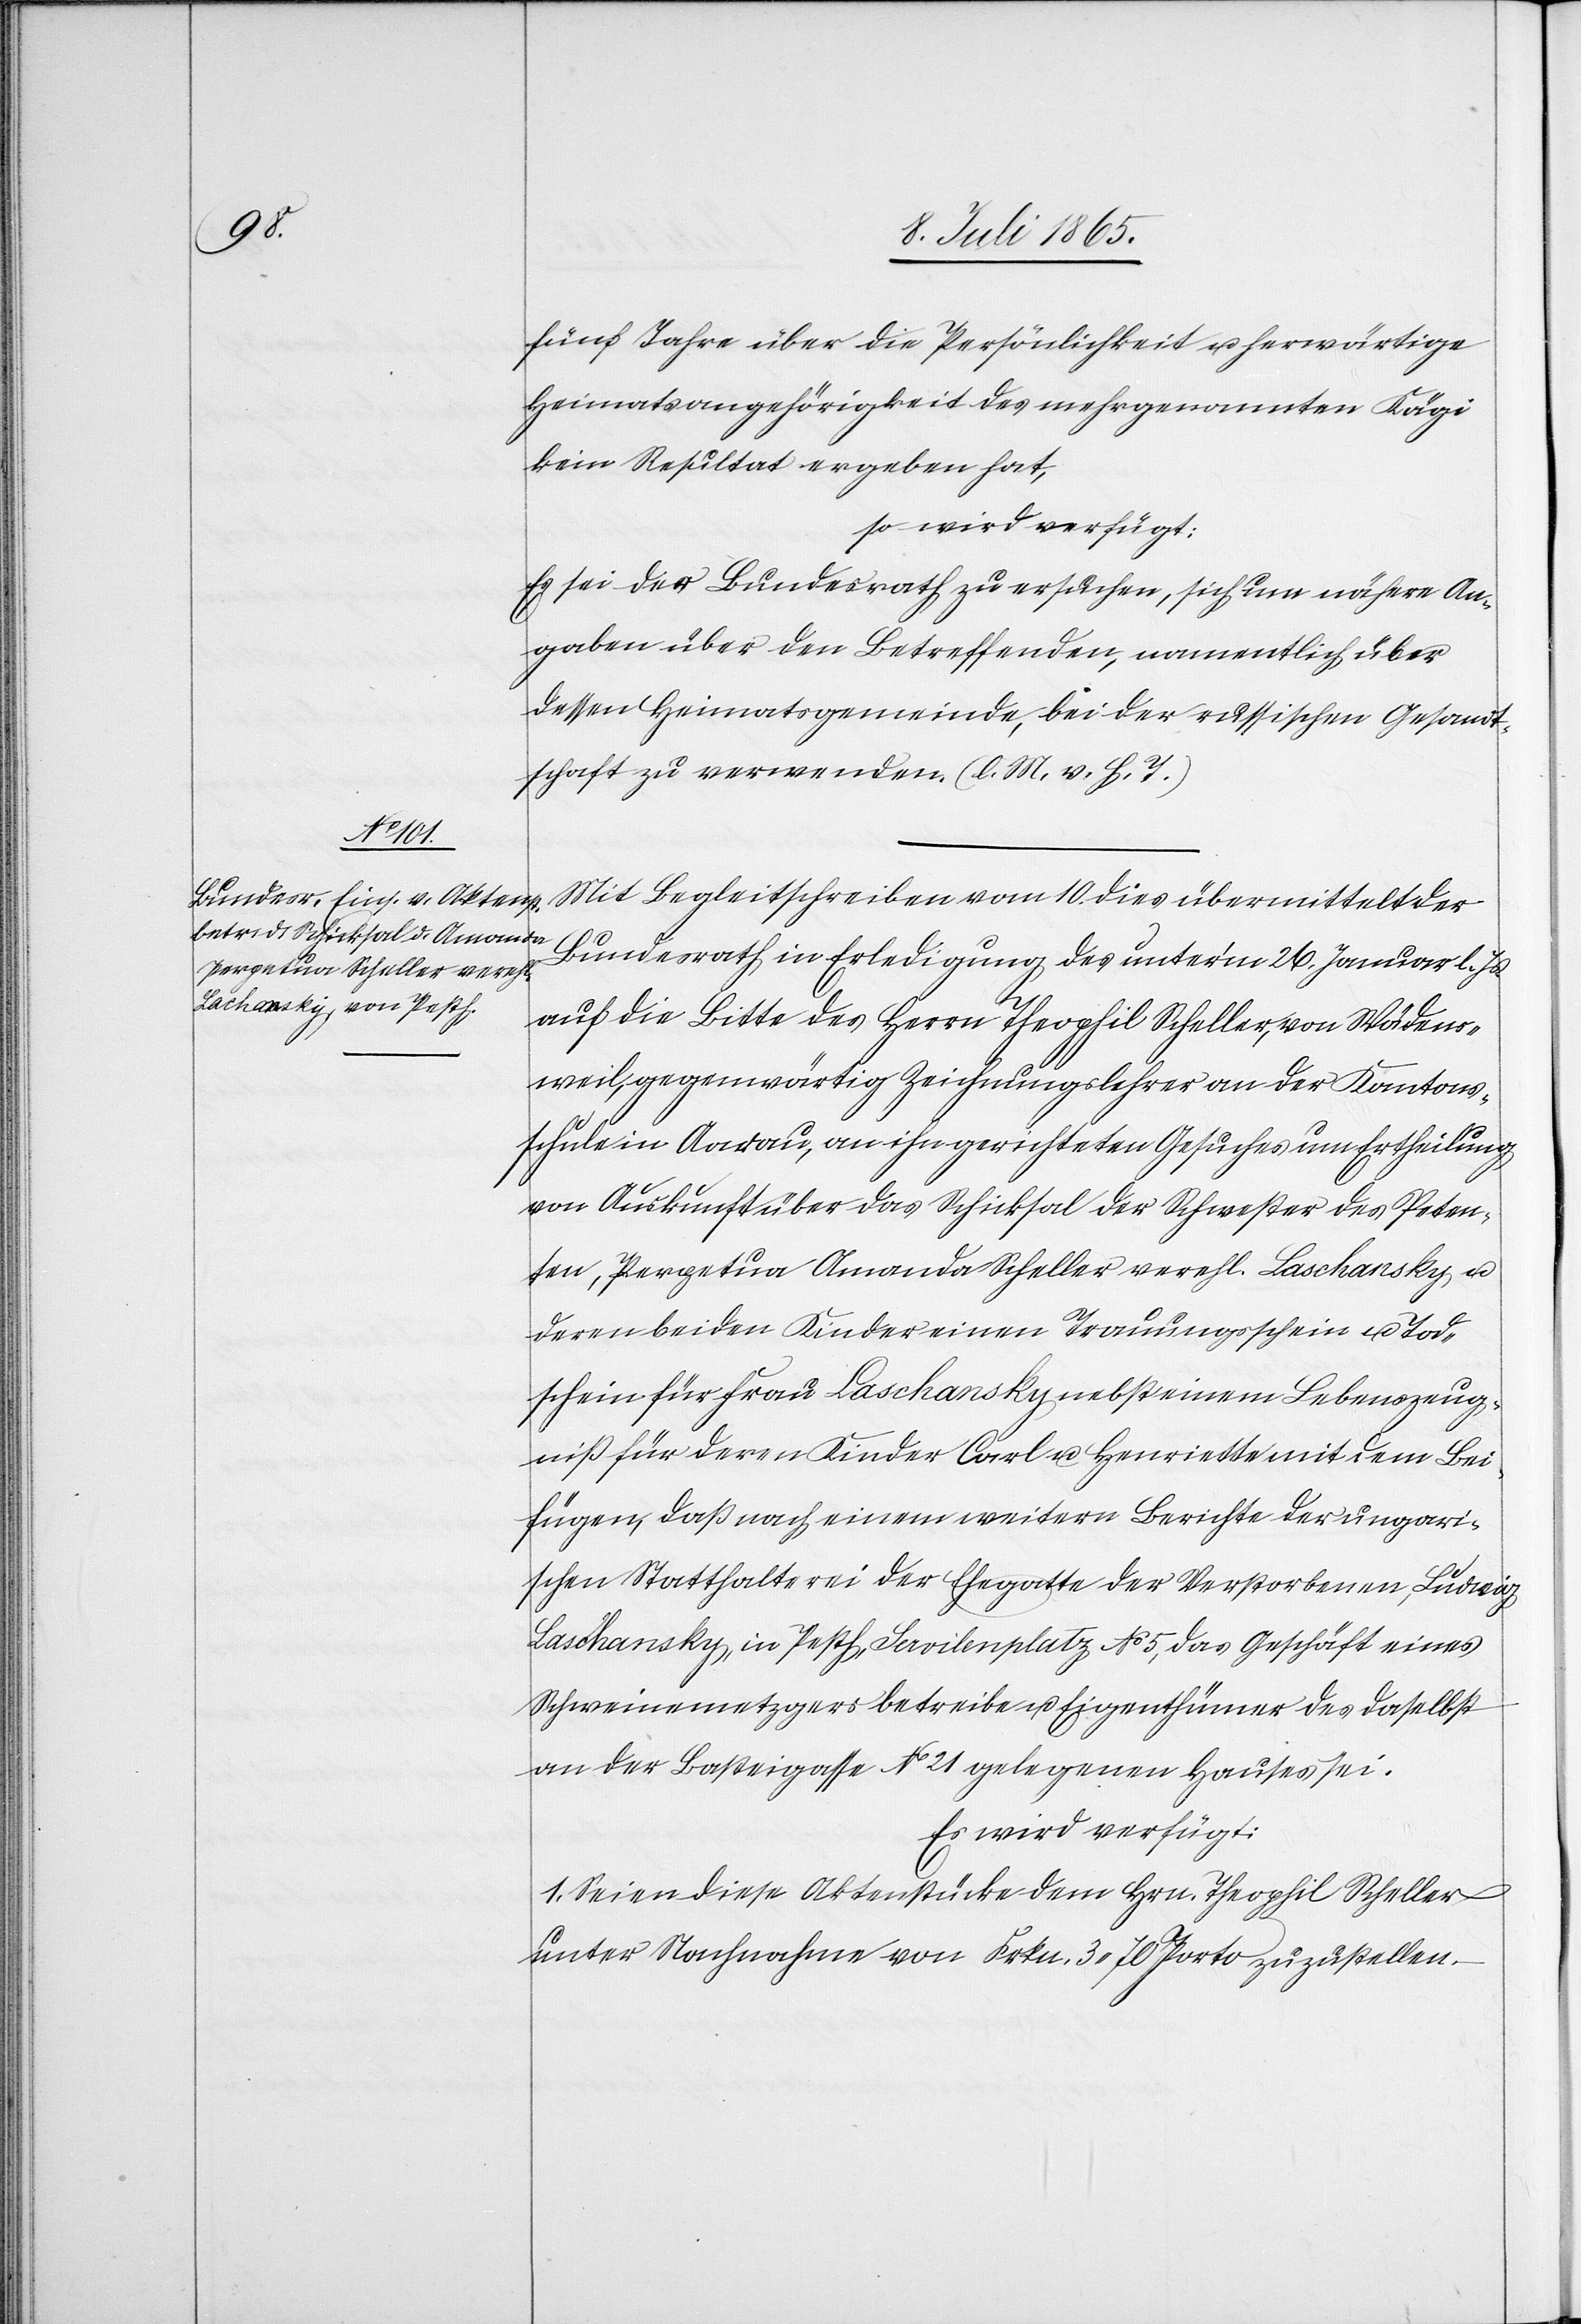
13. Juli 1865.]
fünf Jahre über die Persönlichkeit u. herwärtige
Heimatsangehörigkeit des mehrgenannten Kägi
kein Resultat ergeben hat,
so wird verfügt:
Es sei der Bundesrath zu ersuchen, sich um nähere An¬
gaben über den Betreffenden, namentlich über
dessen Heimatsgemeinde, bei der russischen Gesandt¬
schaft zu verwenden. (l. M. h. T.)
Mit Begleitschreiben vom 10. dies übermittelt der
Bundesrath in Erledigung des unter’m 26. Januar l. Js.
auf die Bitte des Herrn Theophil Scheller, von Wädens¬
weil, gegenwärtig Zeichnungslehrer an der Kantons¬
schule in Aarau, an ihn gerichteten Gesuches um Ertheilung
von Auskunft über das Schicksal der Schwester des Peten¬
ten, Perpetua Amanda Scheller verehl. Laschansky
deren beiden Kinder einen Trauungsschein u. Tod¬
schein für Frau Laschansky nebst einem Lebenszeug¬
niß für deren Kinder Carl u. Henriette mit dem Bei¬
fügen, daß nach einem weitern Berichte der ungari¬
schen Statthalterei der Ehegatte der Verstorbenen, Ludwig
Laschanksy, in Pesth, Servilenplatz No 5, das Geschäft eines
Schweinemetzgers betreibe u. Eigenthümer des daselbst
an der Basteigasse No 21 gelegenen Hauses sei.
Es wird verfügt:
1. Seien diese Aktenstücke dem Hrn. Theophil Scheller
unter Nachnahme von Frkn. 3.70 Porto zuzustellen.